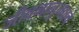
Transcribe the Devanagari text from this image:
जीवनानुभवाचे